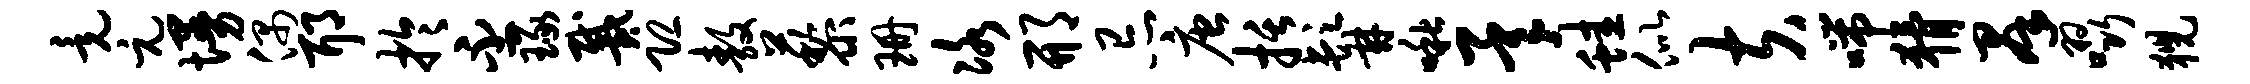
竟元墁偶耶於丕琢戴恐敖藜珊冰邢忌唐括髯啾承蛙似夫喘猾群啜猊